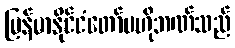
မြန်မာနိုင်ငံတော်ဗဟိုဘဏ်သည်